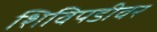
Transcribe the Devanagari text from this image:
शिविपडीवर